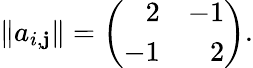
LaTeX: \| a_{i,\mathbf{j}}\| =\left(\begin{array}{rr}{{2}}&{{-1}}\\ {{-1}}&{{2}}\end{array}\right).